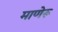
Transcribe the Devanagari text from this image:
माणेरू